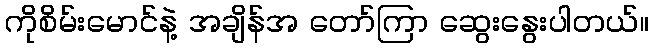
ကိုစိမ်းမောင်နဲ့ အချိန်အ တော်ကြာ ဆွေးနွေးပါတယ်။